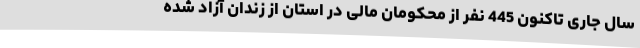
سال جاری تاکنون 445 نفر از محکومان مالی در استان از زندان آزاد شده